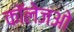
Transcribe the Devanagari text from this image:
कॉलेजओ